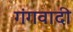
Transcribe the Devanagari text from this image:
गंगवादी